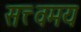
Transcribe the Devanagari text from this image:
सत्त्वमय